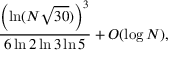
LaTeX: { \frac { \left( \ln ( N { \sqrt { 3 0 } } ) \right) ^ { 3 } } { 6 \ln 2 \ln 3 \ln 5 } } + O ( \log N ) ,